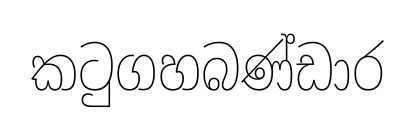
කටුගහබණ්ඩාර